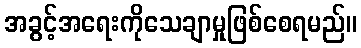
အခွင့်အရေးကိုသေချာမှုဖြစ်စေရမည်။